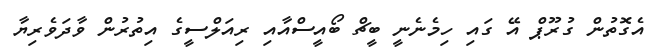
އެގޮތުން ގުރޫޕް އޭ ގައި ހިމެނެނީ ބީޗް ބޯއީސްއާއި ރިއަލްސީގެ އިތުރުން ވާދަވެރިޔާ